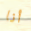
أنا